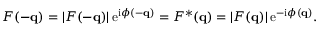
F ( - \mathbf { q } ) = \left| F ( - \mathbf { q } ) \right| \mathrm { e } ^ { \mathrm { i } \phi ( - \mathbf { q } ) } = F ^ { * } ( \mathbf { q } ) = \left| F ( \mathbf { q } ) \right| \mathrm { e } ^ { - \mathrm { i } \phi ( \mathbf { q } ) } .